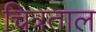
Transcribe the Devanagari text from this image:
चित्रताल